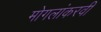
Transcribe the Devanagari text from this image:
मोगलांकरवी